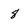
Character: 8